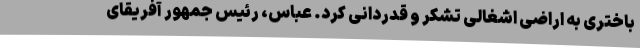
باختری به اراضی اشغالی تشکر و قدردانی کرد. عباس، رئیس جمهور آفریقای